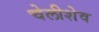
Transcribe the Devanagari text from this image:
चेलीशेव